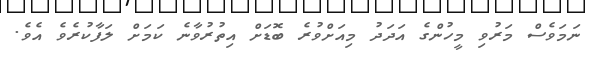
ނަމަވެސް މަރުވި މީހުންގެ އަދަދު މިއަށްވުރެ ބޮޑަށް އިތުރުވާނެ ކަމަށް ލަފާކުރެވެ އެވެ.